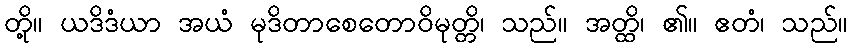
တို့။ ယဒိဒံယာ အယံ မုဒိတာစေတောဝိမုတ္တိ၊ သည်။ အတ္ထိ၊ ၏။ ဧတံ၊ သည်။